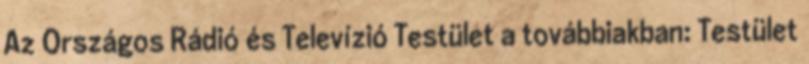
Az Országos Rádió és Televízió Testület a továbbiakban: Testület